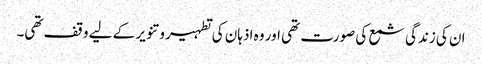
ان کی زندگی شمع کی صورت تھی اور وہ اذہان کی تطہیر و تنویر کے لیے وقف تھی۔